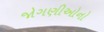
જોગણીઓનો